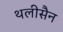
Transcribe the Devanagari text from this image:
थलीसैन